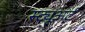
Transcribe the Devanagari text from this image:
स्ट्यूअर्ट